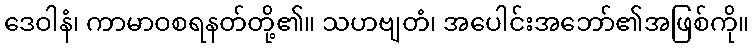
ဒေဝါနံ၊ ကာမာဝစရနတ်တို့၏။ သဟဗျတံ၊ အပေါင်းအဘော်၏အဖြစ်ကို။